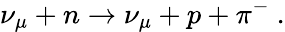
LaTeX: \nu_{\mu}+n\rightarrow\nu_{\mu}+p+\pi^{-}\ .